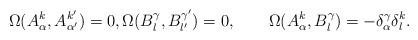
LaTeX: \begin{align*} & \Omega(A_{\alpha}^k, A_{\alpha^\prime}^{k^\prime}) = 0, \Omega(B^{\gamma}_l,B^{\gamma^\prime}_{l^\prime}) = 0, \qquad\Omega(A_{\alpha}^k, B^{\gamma}_l) = -\delta_{\alpha}^{\gamma} \delta^{k}_l.\end{align*}